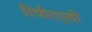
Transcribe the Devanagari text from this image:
रिपीटर्सों